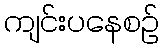
ကျင်းပနေစဉ်